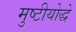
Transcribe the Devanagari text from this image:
मुष्टीयोद्धे